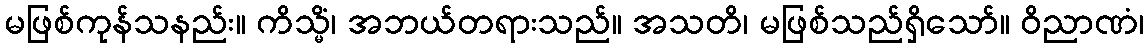
မဖြစ်ကုန်သနည်း။ ကိသ္မိံ၊ အဘယ်တရားသည်။ အသတိ၊ မဖြစ်သည်ရှိသော်။ ဝိညာဏံ၊